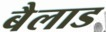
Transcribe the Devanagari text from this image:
बैलाड